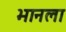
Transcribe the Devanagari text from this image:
भानला